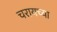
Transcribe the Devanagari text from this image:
चरायच्या